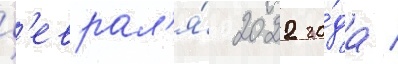
ф'еврал'я́ 2022 го́да /